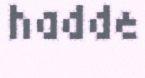
hadde